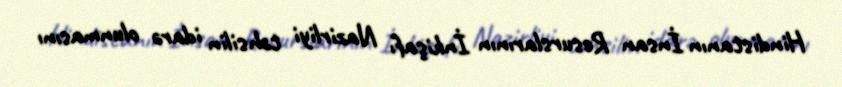
Hindistanın İnsan Resurslarının İnkişafı Nazirliyi təhsilin idarə olunmasını